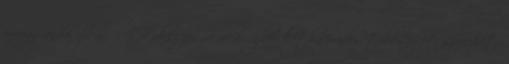
propagandalapban "A Fidesz jövőre akár újból kétharmados többséget szerezhet,